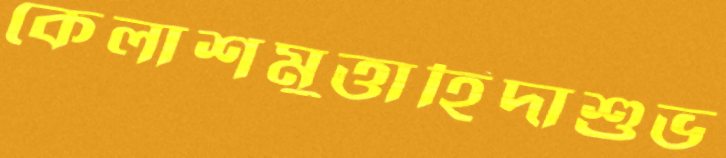
কেলাশমুত্তাহিদাশুভ